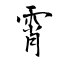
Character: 霄